Vaccination Hyderabad 1890-1903 - 1890-1903
Year: 1890
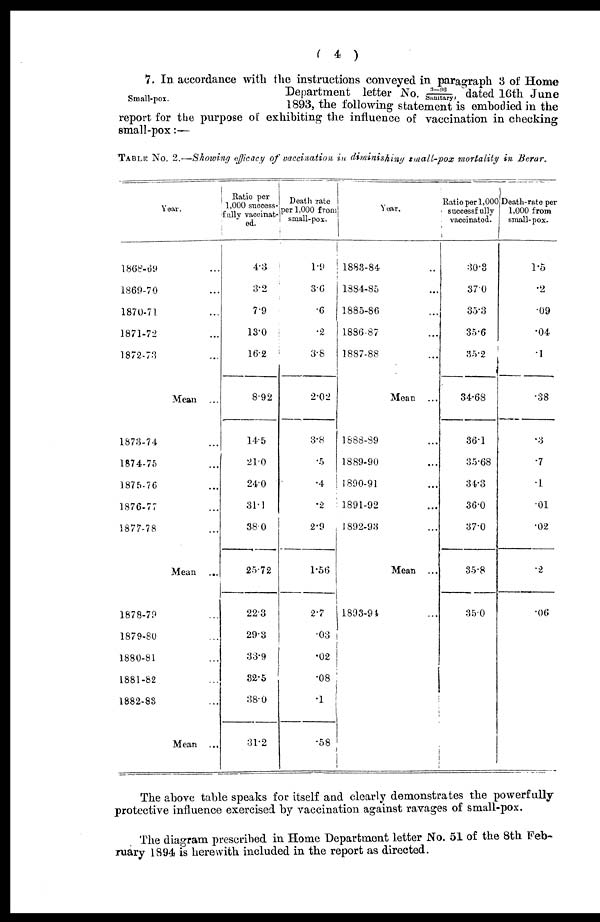
( 4 )
Small-pox.
7. In accordance with the instructions conveyed in paragraph 3 of Home
Department letter No. 3—96/Sanitary, dated 16th June
1893, the following statement is embodied in the
report for the purpose of exhibiting the influence of vaccination in checking
small-pox:—
TABLE No. 2.—Showing efficacy of vaccination in diminishing small-pox mortality in Berar.
Year.
1868-69 ...
1869-70 ...
1870-71 ...
1871-72 ...
1872-73 ...
Mean ...
1873-74 ...
1874-75 ...
1875-76 ...
1876-77 ...
1877-78 ...
Mean ...
1878-79 ...
1879-80 ...
1880-81 ...
1881-82 ...
1882-83 ...
Mean ...
Ratio per
1,000 success-
fully vaccinat¬
ed.
4.3
3.2
7.9
13.0
16.2
8.92
14.5
21.0
24.0
31.1
38.0
25.72
22.3
29.3
33.9
32.5
38.0
31.2
Death rate
per 1,000 from
small-pox.
1.9
3.6
.6
.2
3.8
2.02
3.8
.5
.4
.2
2.9
1.56
2.7
.03
.02
.08
.1 .58
Year.
1883-84 ..
1884-85 ...
1885-86 ...
1886-87 ...
1887-88 ...
Mean ...
1888-89 ...
1889-90 ...
1890-91 ...
1891-92 ...
1892-93 ...
Mean ...
1893-94 ...
Ratio per 1,000
successfully
vaccinated.
30.3
37.0
35.3
35.6
35.2
34.68
36.1
35.68
34.3
36.0
37.0
35.8
35.0
Death-rate per
1,000 from
small-pox.
1.5
.2
.09
.04
.1
.38
.3
.7
.1
.01
.02
.2
.06
The above table speaks for itself and clearly demonstrates the powerfully
protective influence exercised by vaccination against ravages of small-pox.
The diagram prescribed in Home Department letter No. 51 of the 8th Feb-
ruary 1894 is herewith included in the report as directed.